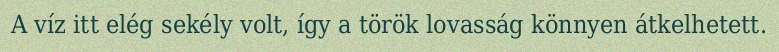
A víz itt elég sekély volt, így a török lovasság könnyen átkelhetett.